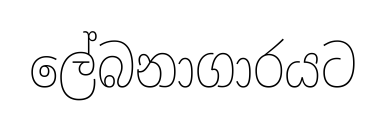
ලේබනාගාරයට